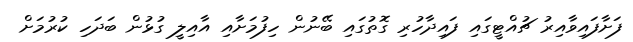
ފަށާފައިވާއިރު ޗުއްޓީގައި ފައިދާހުރި ގޮތުގައި ބޭނުން ހިފުމަށާއި އާއިލީ ގުޅުން ބަދަހި ކުރުމަށް